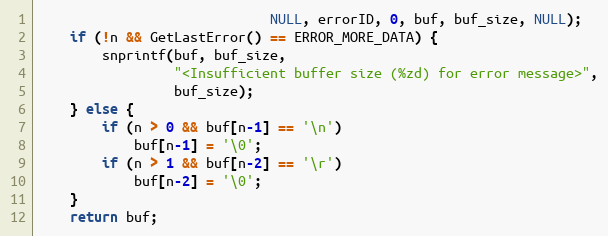
Language: C
                             NULL, errorID, 0, buf, buf_size, NULL);
    if (!n && GetLastError() == ERROR_MORE_DATA) {
        snprintf(buf, buf_size,
                 "<Insufficient buffer size (%zd) for error message>",
                 buf_size);
    } else {
        if (n > 0 && buf[n-1] == '\n')
            buf[n-1] = '\0';
        if (n > 1 && buf[n-2] == '\r')
            buf[n-2] = '\0';
    }
    return buf;